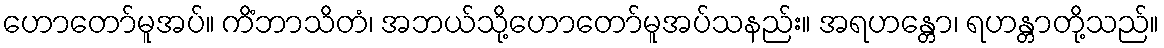
ဟောတော်မူအပ်။ ကိံဘာသိတံ၊ အဘယ်သို့ဟောတော်မူအပ်သနည်း။ အရဟန္တော၊ ရဟန္တာတို့သည်။